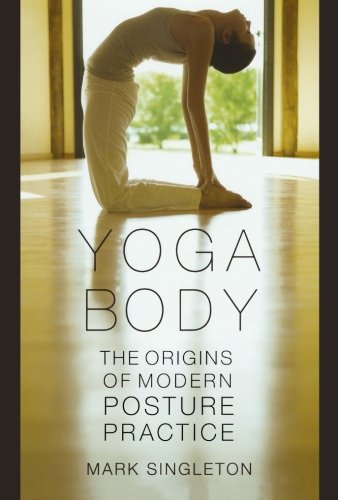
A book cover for Yoga Body: The Origins of Modern Posture Practice; Mark Singleton; Health, Fitness & Dieting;